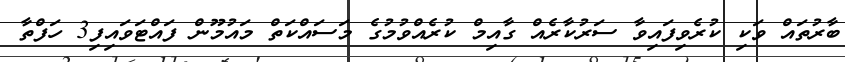
ބާރުތައް ވަކި ކުރެވިފައިވާ ސަރުކާރެއް ގާއިމް ކުރެއްވުމުގެ މަސައްކަތް މައުމޫން ފައްޓަވައިފި3 ހަފްތާ